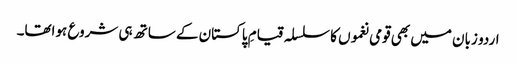
اردو زبان میں بھی قومی نغموں کا سلسلہ قیامِ پاکستان کے ساتھ ہی شروع ہواتھا۔